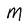
Character: M